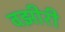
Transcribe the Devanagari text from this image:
वझीरी